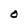
Character: O